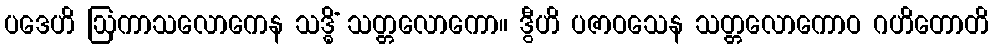
ပဒေဟိ ဩကာသလောကေန သဒ္ဓိံ သတ္တလောကော။ ဒွီဟိ ပဇာဝသေန သတ္တလောကောဝ ဂဟိတောတိ